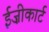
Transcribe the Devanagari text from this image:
ईज़ीकार्ट